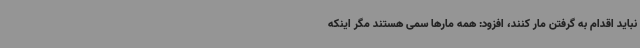
نباید اقدام به گرفتن مار کنند، افزود: همه مارها سمی هستند مگر اینکه